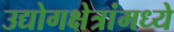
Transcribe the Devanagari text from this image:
उद्योगक्षेत्रांमध्ये